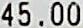
45.00